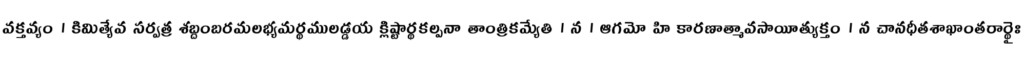
వక్తవ్యం । కిమిత్యేవ సర్వత్ర శబ్దంబరమలభ్యమర్థములడ్డయ క్లిష్టార్థకల్పనా తాంత్రికమ్యేతి । న । ఆగమో హి కారణాత్మావసాయీత్యుక్తం । న చానధీతశాఖాంతరార్థైః